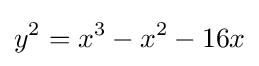
y^{2}=x^{3}-x^{2}-16x